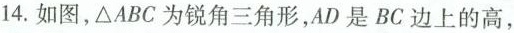
14. 如图，ΔABC为锐角三角形，AD 是 BC 边上的高，